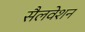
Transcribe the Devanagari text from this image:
सैलवेशन